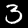
Label: 3